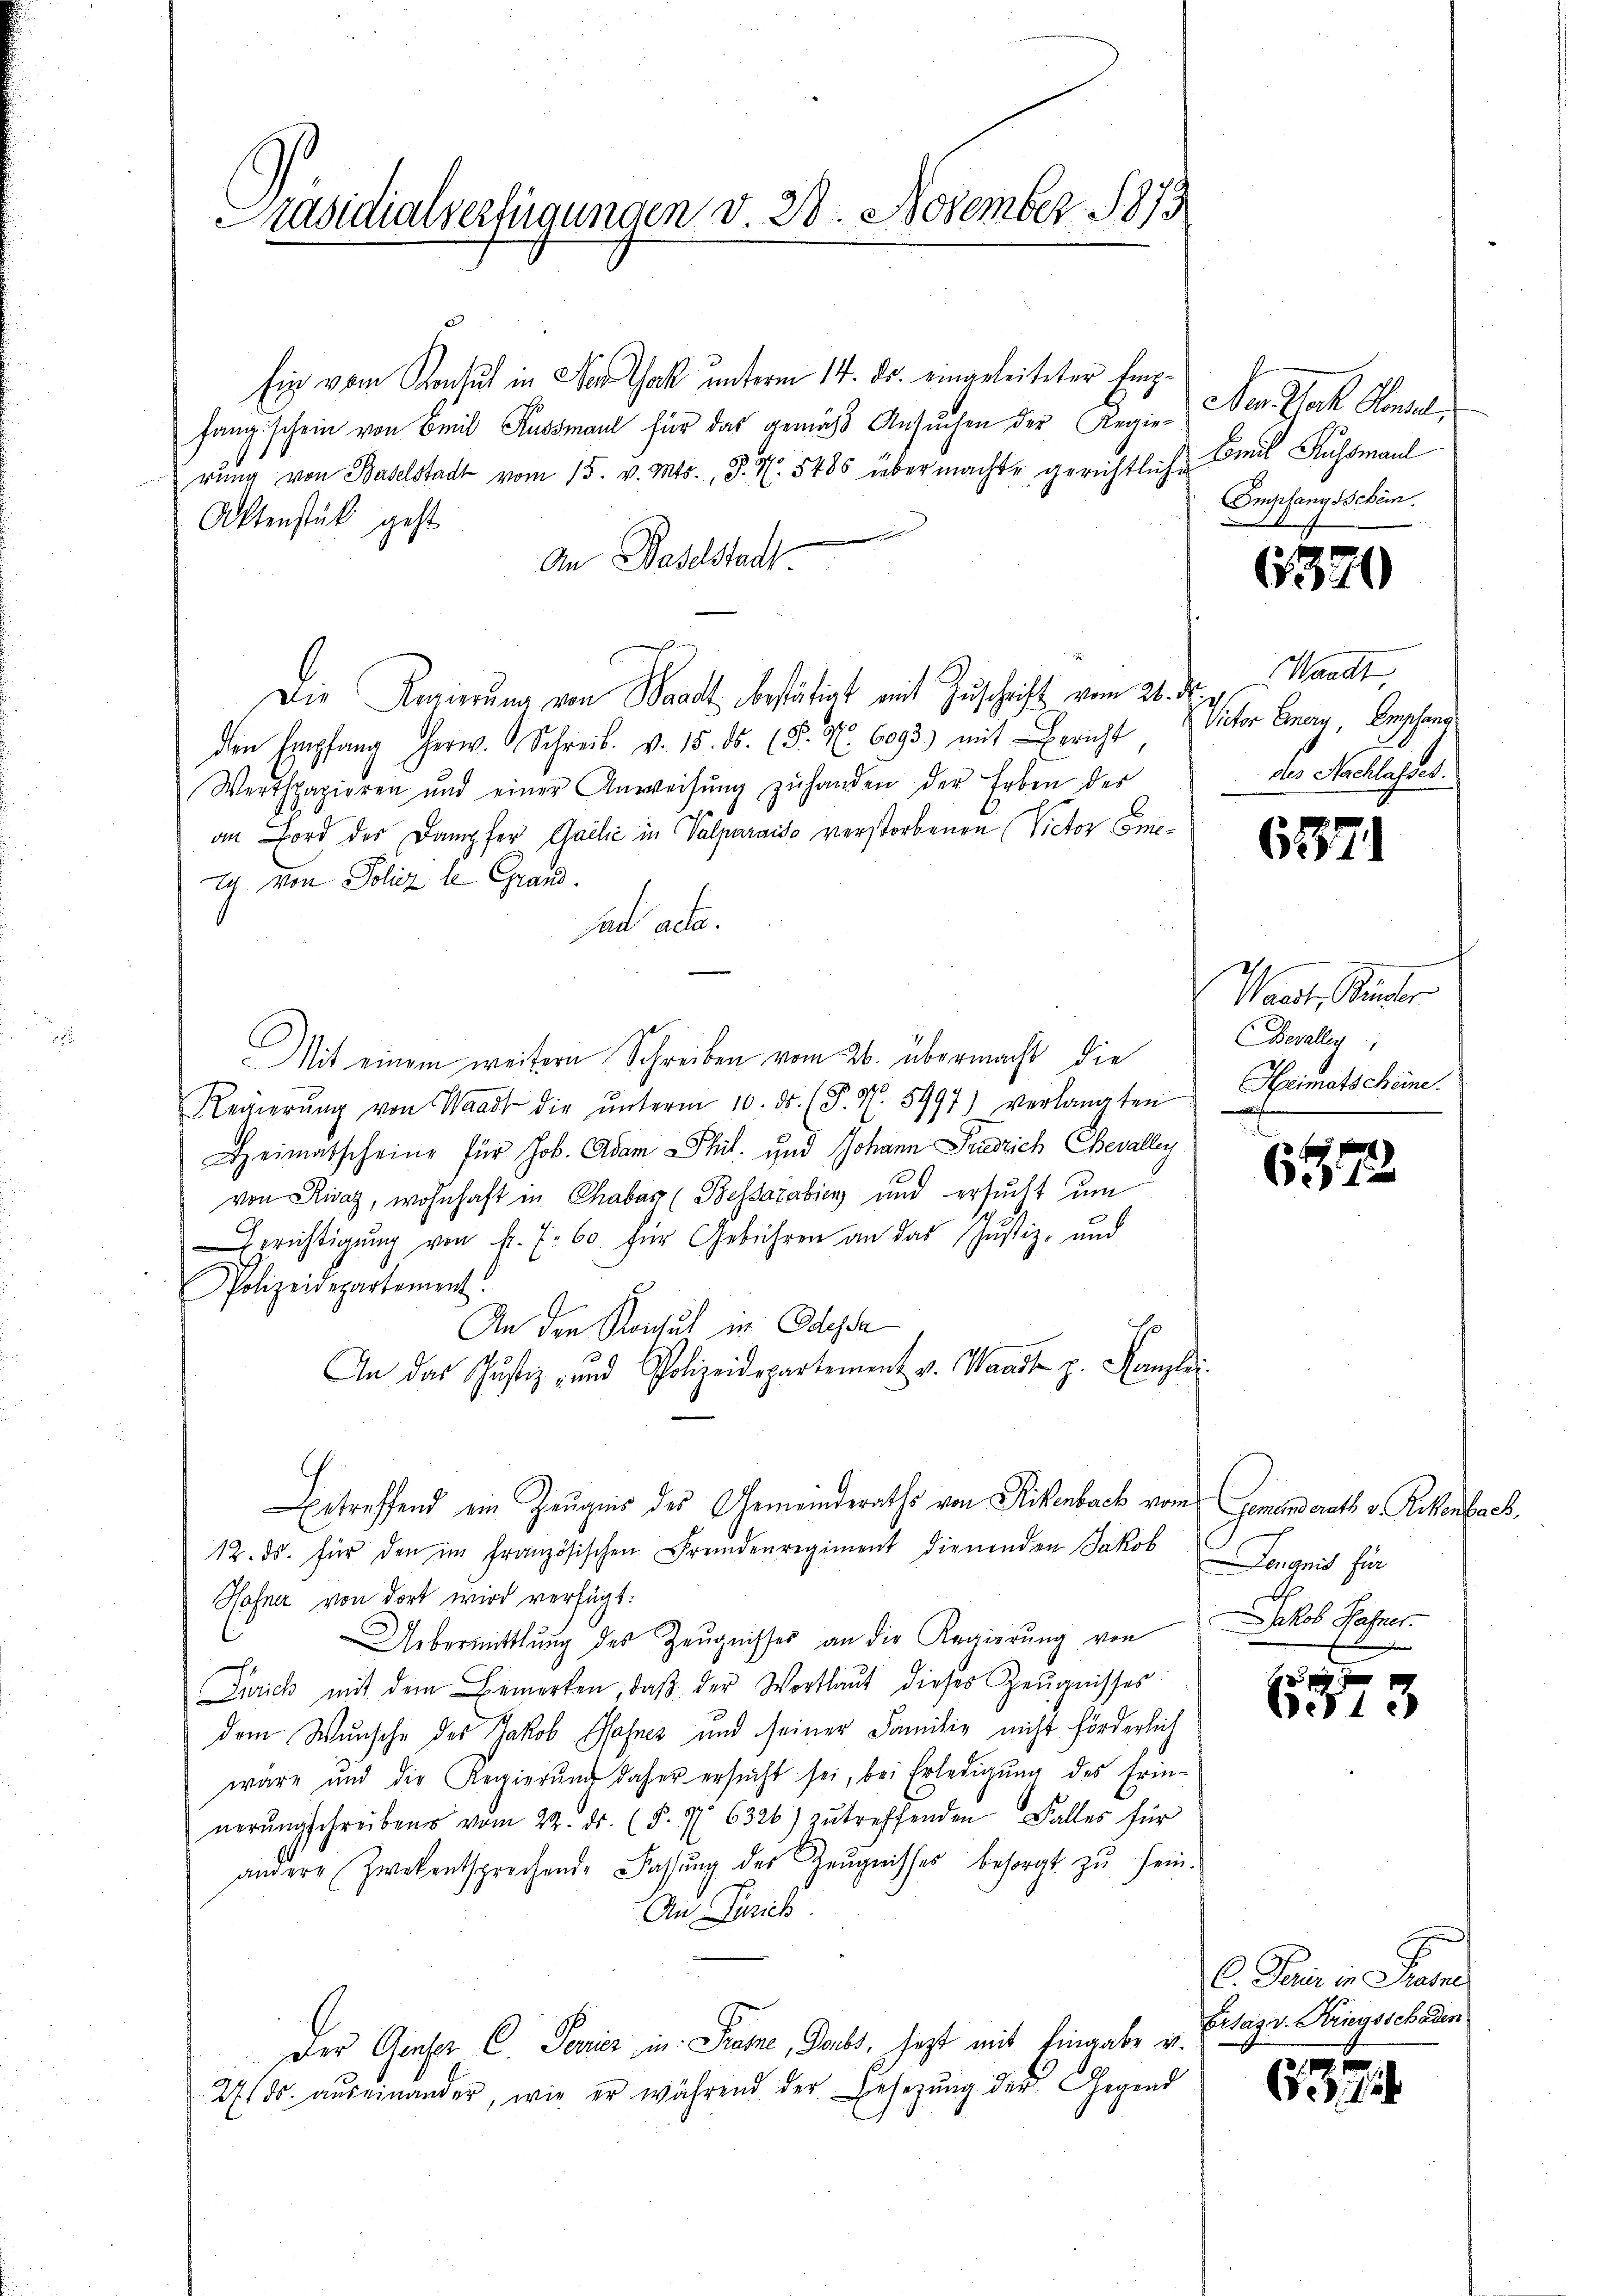
Präsidialvertigungen v. 23. November 1873

Ein vom Konsul in Nerak unterm 14. ds. eingeleiteter Empfang schein von Emil Kussman für das gemäss Ansuchen der Regierŭng von Baselstadt vom 15. v. Mts. S. N. 5485 übermachte gerichtliche
Aktenstück geht
d
An Baselstadt
Die Regierung von Waadt bestätigt mit Zuschrift vom 21. der Waadt
den Empfang herw. Schreib. v. 15. ds. (S. Nr. 6093) mit Bericht Victor Cary, Beschend
Werthpapieren und einer Anweisŭng zŭ handen der Erben der
an Bord des Dampfer Gailić in Valparaiso verstorbenen Victor Eme¬
Ich. von Poliz le Grand.
ad ada.
Mit einem weitern Schreiben vom 26. übermacht die
Regierŭng von Waadt die ŭnterm 10. ds. (T. N. 5497) verlangten
Heimatscheine für Job. Adam Phil. und Johann Friedrich Chevalley
von Riaz, wohnhaft in Chabar (Bessazabien und ersucht um
Berichtigung von k. f. 60. für Gebühren an das Justiz- und
Polizeidepartement.
An den Konsul in Odessa
1
An das Schŭstiz- und Polizeidepartement v. Waadt z. Kompli
betreffend ein Zeugnis des Gemeinderaths von Rikenbach vom Gemeinderath v. Rikenbach,
12. ds. für den im französischen Fremdenregiment dienenden Jakob Leugnis für
Hafner von dort wird verfügt:
Uebermittlung des Zeugnisses an die Regierung von
Zürich mit dem Bemerken, daβ der Wortlaut dieses Zeŭgnisses
dem Wunsche des Jakob Hahnez und seiner Familie nicht förderlich
wäre und die Regierŭng daher ersŭcht sei, bei Erledigŭng des Erin-
nerŭngschreibens vom 22. ds. (§. 7. 6326) zŭ treffenden Falles für
andere Zwekentsprechende Fassung der Zeŭgnisses besorgt zŭ sein.
An Paris
Der Genser C. Pavier in Traine, Doubt, jezt mit Eingabe v.
27/5. auseinander, wie er während der Ersezung der Gegend

Der Jak. Honnel
Bmil Kussmanl
Empfangsschein.

6320

des Nachlasset.

637.

Wait, Kinder
Bevolleg
Heimatscheine.

632

Jakob Hasser.
.

10x x
613

C. Dann in Sam
Ertag v. Kriegsschaden

632